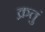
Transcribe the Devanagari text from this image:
क्रतुं